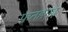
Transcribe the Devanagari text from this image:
फ़तहगढ़